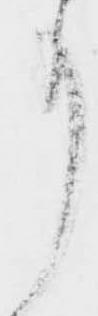
事